Scottish Leaving Certificate Examination, 1957
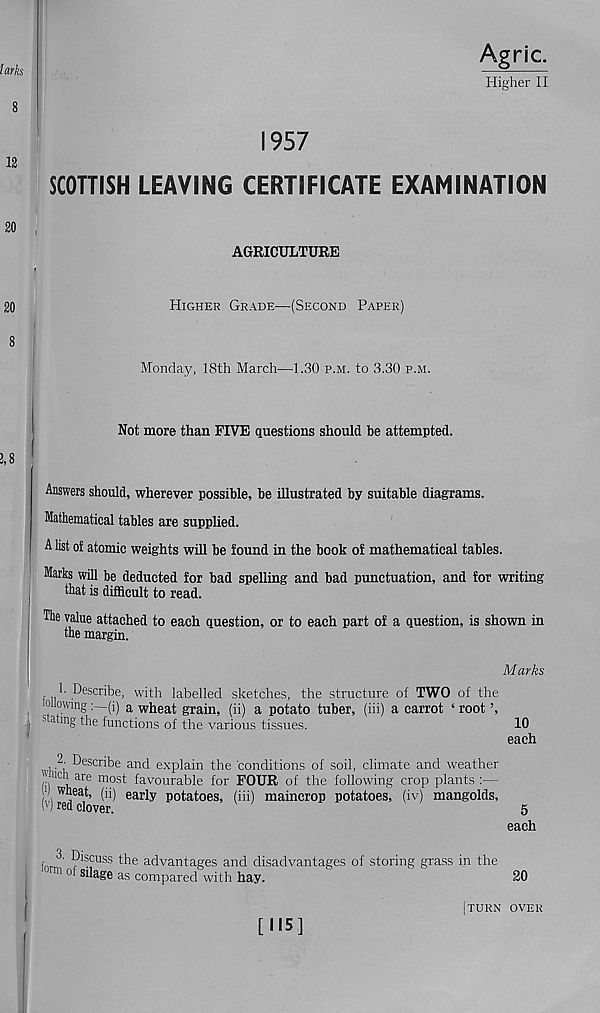
tarks
8
12
20
Agric.
Higher II
1957
SCOTTISH LEAVING CERTIFICATE EXAMINATION
AGRICULTURE
'
Higher Grade—(Second Paper)
Monday, 18th March—1.30 p.m. to 3.30 p.m.
Not more than FIVE questions should be attempted.
Answers should, wherever possible, be illustrated by suitable diagrams.
Mathematical tables are supplied.
A list of atomic weights will be found in the book of mathematical tables.
Marks will be deducted for bad spelling and bad punctuation, and for writing
that is difficult to read.
The value attached to each question, or to each part of a question, is shown in
the margin.
Marks
h Describe, with labelled sketches, the structure of TWO of the
o lowing(i) a wheat grain, (ii) a potato tuber, (iii) a carrot ‘ root ’,
j 5 ating the functions of the various tissues.
10
each
,Describe and explain the conditions of soil, climate and weather
'uch are most favourable for FOUR of the following crop plants :—
™ e at, (ii) early potatoes, (iii) maincrop potatoes, (iv) mangolds,
l') red clover.
5
each
i ^ Discuss the advantages and disadvantages of storing grass in the
111 °' s il a ge as compared with hay.
20
[115]
| TURN OVER